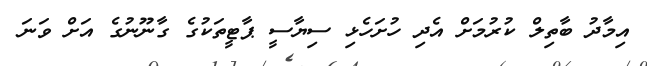
އިމާދު ބާތިލް ކުރުމަށް އެދި ހުށަހެޅި ސިޔާސީ ޕާޓީތަކުގެ ގާނޫނުގެ އަށް ވަނަ